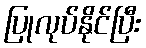
ပြုလုပ်နိုင်ပြီး